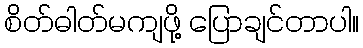
စိတ်ဓါတ်မကျဖို့ ပြောချင်တာပါ။